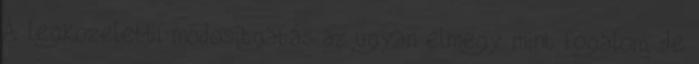
A legközelebbi módosítgatás az ugyan elmegy mint fogalom, de